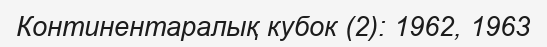
Континентаралық кубок (2): 1962, 1963